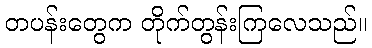
တပန်းတွေက တိုက်တွန်းကြလေသည်။